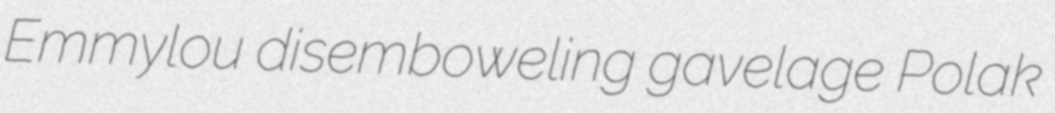
Emmylou disemboweling gavelage Polak